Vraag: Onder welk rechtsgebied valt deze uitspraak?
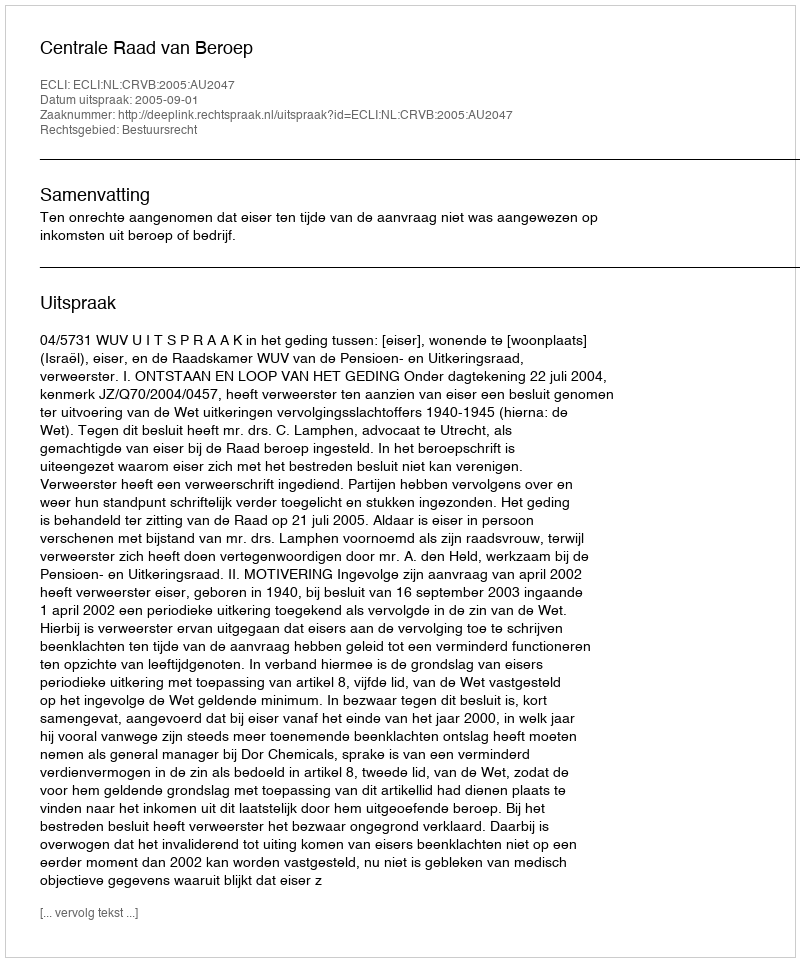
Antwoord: Bestuursrecht